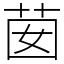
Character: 𦮗